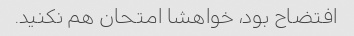
افتضاح بود، خواهشا امتحان هم نکنید.